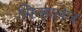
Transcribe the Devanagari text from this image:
सिन्हालेज